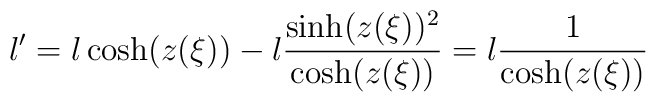
l' = l\cosh(z(\xi)) - l \frac{\sinh(z(\xi))^2}{\cosh(z(\xi))} = l\frac{1}{\cosh(z(\xi))}